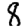
Digit: 8